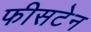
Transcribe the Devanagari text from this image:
फीसटेन